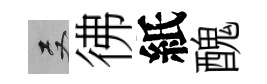
双彿紙醜